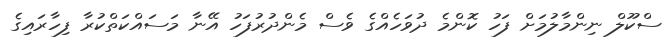
ސްކޫލް ނިންމާލުމަށް ފަހު ކޮންމެ ދުވަހެއްގެ ވެސް މެންދުރުފަހު އޭނާ މަސައްކަތްކުރާ ފިހާރައިގެ